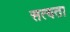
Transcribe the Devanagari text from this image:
सत्‍यता